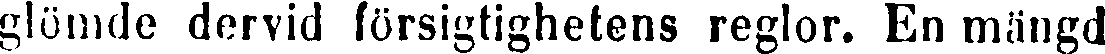
glömde dervid försigtighetens reglor. En mängd